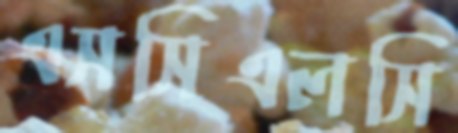
এসসিএলসি